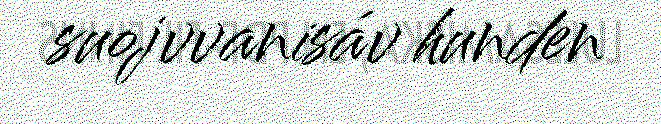
suojvvanisáv hunden